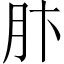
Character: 𫆘